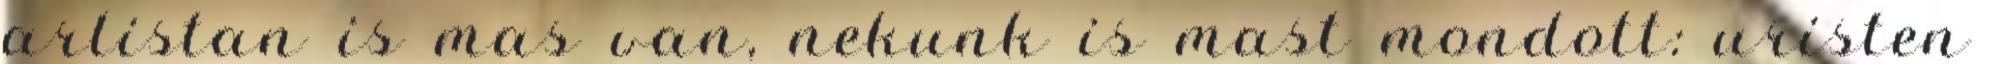
arlistan is mas van, nekunk is mast mondott: uristen